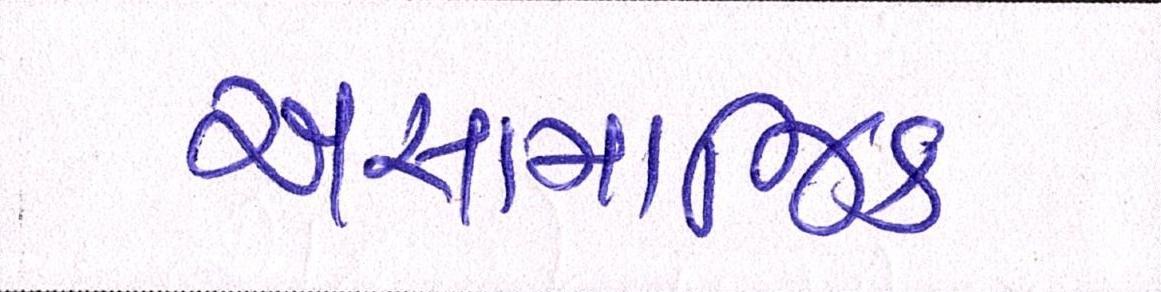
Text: અસામાજિક